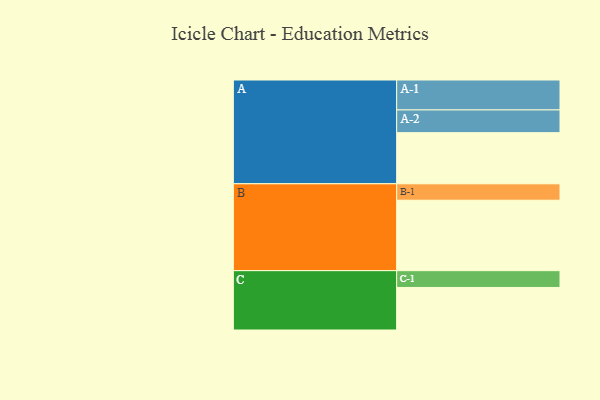
{"axis": {"x": "Segment", "y": "Value"}, "legend": ["", "A", "B", "C"], "data": [{"x": "A", "y": 429, "type": ""}, {"x": "B", "y": 591, "type": ""}, {"x": "C", "y": 357, "type": ""}, {"x": "A-1", "y": 251, "type": "A"}, {"x": "A-2", "y": 191, "type": "A"}, {"x": "B-1", "y": 138, "type": "B"}, {"x": "C-1", "y": 141, "type": "C"}]}